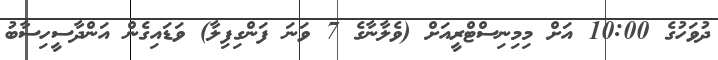
ދުވަހުގެ 10:00 އަށް މިމިނިސްޓްރީއަށް (ވެލާނާގެ 7 ވަނަ ފަންގިފިލާ) ވަޑައިގެން އަންދާސީހިސާބު